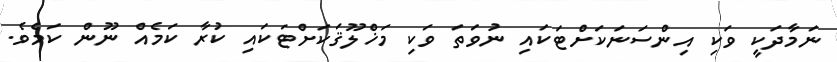
ނަމާދަކީ ވަކި އިންސަނަކަށްޓަކައި ނުވަތަ ވަކި މަޚްލޫޤަކަށްޓަކައި ކުރާ ކަމެއް ނޫން ކަމެވެ.